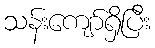
သန်းကျော်ရှိပြီး